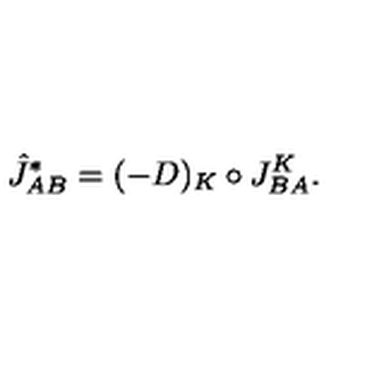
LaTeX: { \hat { J } } _ { A B } ^ { \ast } = ( - D ) _ { K } \circ J _ { B A } ^ { K } .